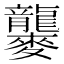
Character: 𪎁